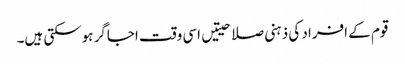
قوم کے افراد کی ذہنی صلاحیتیں اسی وقت اجاگر ہوسکتی ہیں۔